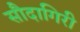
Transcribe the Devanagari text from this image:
सौदागिरी